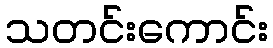
သတင်းကောင်း